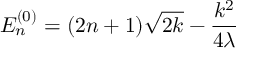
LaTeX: E _ { n } ^ { ( 0 ) } = ( 2 n + 1 ) \sqrt { 2 k } - \frac { k ^ { 2 } } { 4 \lambda }